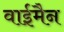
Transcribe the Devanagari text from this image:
वाईमैन